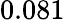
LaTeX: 0.081